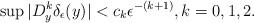
LaTeX: \begin{align*}\sup |D_y^k\delta_{\epsilon}(y)| < c_k \epsilon^{-(k+1)}, k=0,1,2.\end{align*}